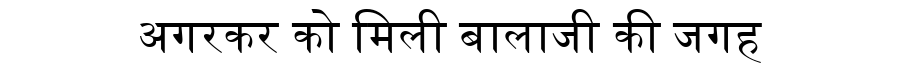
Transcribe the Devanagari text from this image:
अगरकर को मिली बालाजी की जगह